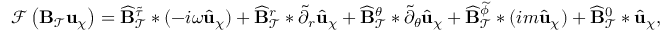
\mathcal { F } \left( \mathbf { B } _ { \mathcal { T } } \mathbf { u } _ { \chi } \right) = \widehat { \mathbf { B } } _ { \mathcal { T } } ^ { \widetilde { \tau } } * ( - i \omega \widehat { \mathbf { u } } _ { \chi } ) + \widehat { \mathbf { B } } _ { \mathcal { T } } ^ { r } * \widetilde { \partial } _ { r } \widehat { \mathbf { u } } _ { \chi } + \widehat { \mathbf { B } } _ { \mathcal { T } } ^ { \theta } * \widetilde { \partial } _ { \theta } \widehat { \mathbf { u } } _ { \chi } + \widehat { \mathbf { B } } _ { \mathcal { T } } ^ { { \widetilde { \phi } } } * ( i m \widehat { \mathbf { u } } _ { \chi } ) + \widehat { \mathbf { B } } _ { \mathcal { T } } ^ { 0 } * \widehat { \mathbf { u } } _ { \chi } ,